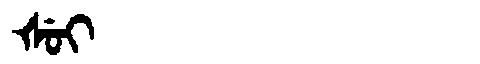
Manchu: ᡧᡠᡳ
Romanization: ŠUI